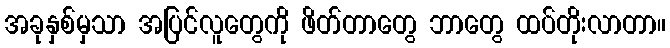
အခုနှစ်မှသာ အပြင်လူတွေကို ဖိတ်တာတွေ ဘာတွေ ထပ်တိုးလာတာ။